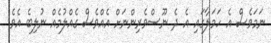
ނަމަވެސް އެ ހަމަލާގައި އެ ދެ ނޫސްވެރިންނަށް އެއްވެސް ގެއްލުމެއް ނުލިބެ އެވެ.